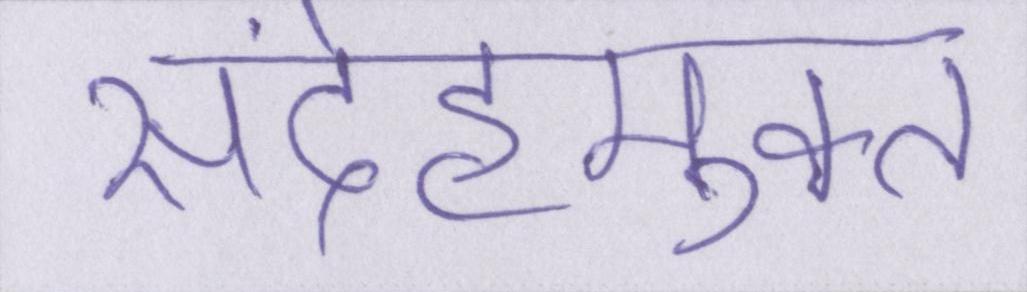
संदेहमुक्त